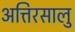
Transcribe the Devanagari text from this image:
अत्तिरसालु